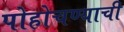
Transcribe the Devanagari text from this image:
पोहोचण्याची